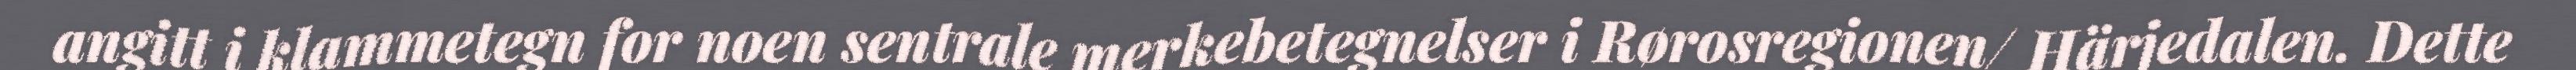
angitt i klammetegn for noen sentrale merkebetegnelser i Rørosregionen/ Härjedalen. Dette